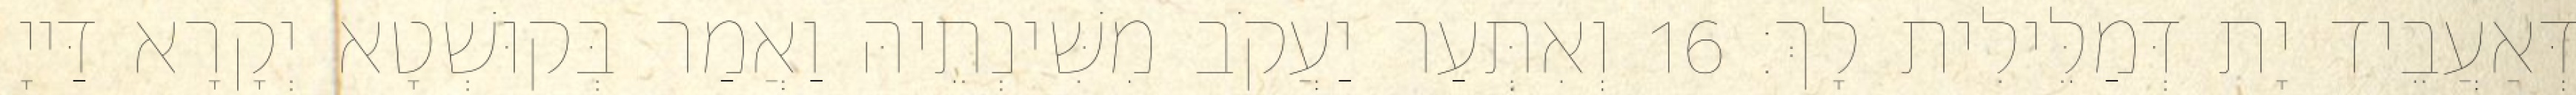
דְּאַעֲבֵיד יָת דְּמַלֵּילִית לָךְ׃ 16 וְאִתְּעַר יַעֲקֹב מִשִּׁינְתֵיהּ וַאֲמַר בְּקוּשְׁטָא יְקָרָא דַּייָ